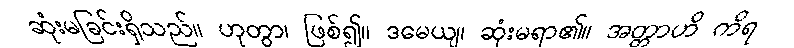
ဆုံးမခြင်းရှိသည်။ ဟုတွာ၊ ဖြစ်၍။ ဒမေယျ၊ ဆုံးမရာ၏။ အတ္တာဟိ ကိရ